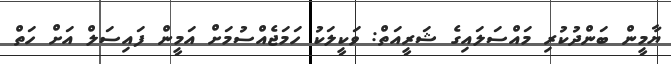
ޔާމީން ބަންދުކުރި މައްސަލައިގެ ޝަރީއަތް: ވަކީލަކު ހަމަޖެއްސުމަށް އަމީން ފައިސަލް އަށް ހަތް